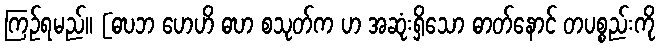
ကြဉ်ရမည်။ [ဓဎဘ ဟေဟိ ဓဎာ စသုတ်က ဟ အဆုံးရှိသော ဓာတ်နောင် တပစ္စည်းကို